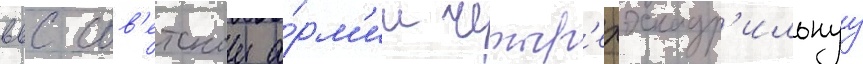
ввс сов'етскои а́рм'ии четыр'ехэскадр'ильнуу